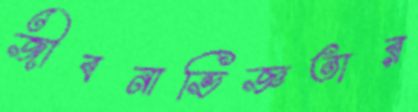
জীবনাভিজ্ঞতার